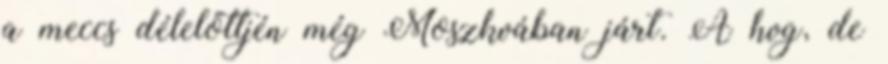
a meccs délelőttjén még Moszkvában járt. A hvg, de